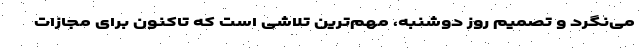
می‌نگرد و تصمیم روز دوشنبه، مهم‌ترین تلاشی است که تاکنون برای مجازات